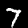
Digit: 7